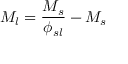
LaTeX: M _ { l } = { \frac { M _ { s } } { \phi _ { s l } } } - M _ { s }